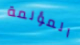
المؤلمة